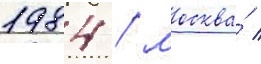
1984 / москва́ /